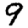
Digit: 9